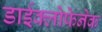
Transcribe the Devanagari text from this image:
डाईक्लोफेनेक